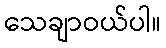
သေချာဝယ်ပါ။